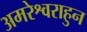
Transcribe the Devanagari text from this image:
अमरेश्वराहुन